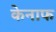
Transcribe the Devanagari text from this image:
केनाफ